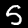
Label: 5